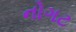
નોગટ